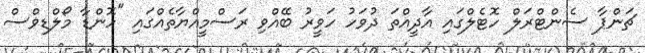
ޗަންޕާ ސެންޓްރަލް ހޮޓެލްގައި އާދީއްތަ ދުވަހު ހަވީރު ބޭއްވި ރަސްމީއްޔާތެއްގައި "ހޮންޑާ މޯލްޑިވްސް